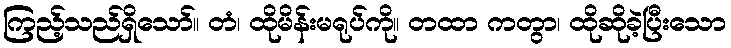
ကြည့်သည်ရှိသော်။ တံ၊ ထိုမိန်းမရုပ်ကို။ တထာ ကတွာ၊ ထိုဆိုခဲ့ပြီးသော